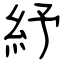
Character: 紓